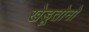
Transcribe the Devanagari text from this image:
खेडूतोनो